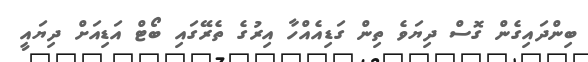
ބިންދައިގެން ގޮސް ދިޔަވެ ތިން ގަޑިއެއްހާ އިރުގެ ތެރޭގައި ބޯޓް އަޑިއަށް ދިޔައީ